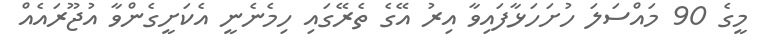
މީގެ 90 މައްސަލަ ހުށަހަޅާފައިވާ އިރު އޭގެ ތެރޭގައި ހިމެނެނީ އެކަށީގެންވާ އުޖޫރައެއް